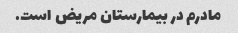
مادرم در بیمارستان مریض است.